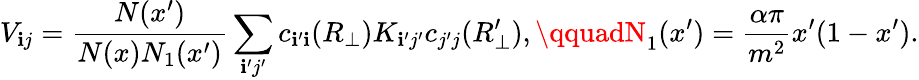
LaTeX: V_{\mathbf{i}j}={\frac{{N(x^{\prime})}}{{N(x)N_{1}(x^{\prime})}}}\sum_{\mathbf{i}^{\prime}j^{\prime}}c_{\mathbf{i}^{\prime}\mathbf{i}}(R_{\perp})K_{\mathbf{i}^{\prime}j^{\prime}}c_{j^{\prime}j}(R_{\perp}^{\prime}),\qquadN_{1}(x^{\prime})={\frac{{\alpha\pi}}{{m^{2}}}}x^{\prime}(1-x^{\prime}).